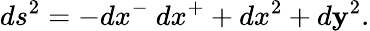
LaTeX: ds^{2}=-dx^{-}~dx^{+}+dx^{2}+d\mathbf{y}^{2}.